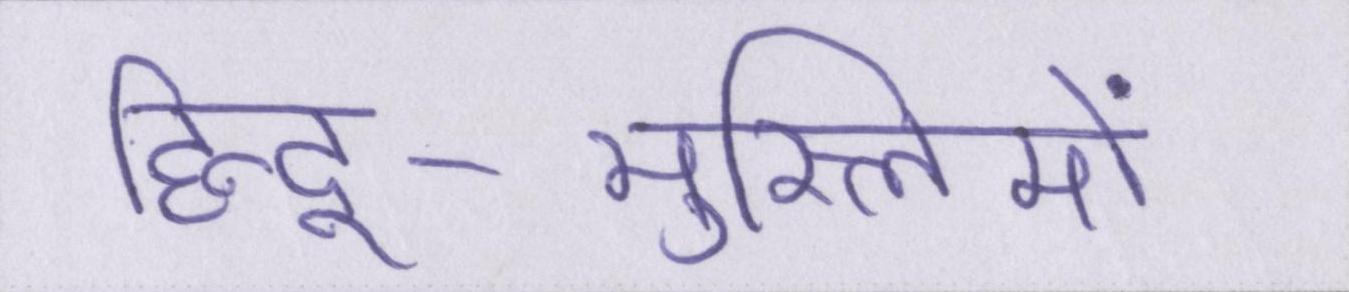
हिन्दू-मुस्लिमों